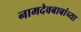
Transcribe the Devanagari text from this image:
नामदेवबाबांच्या